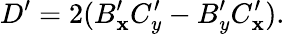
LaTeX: D^{\prime}=2(B_{\mathbf{x}}^{\prime}C_{y}^{\prime}-B_{y}^{\prime}C_{\mathbf{x}}^{\prime}).